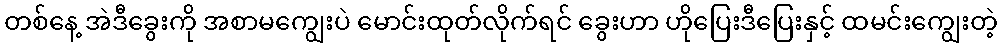
တစ်နေ့ အဲဒီခွေးကို အစာမကျွေးပဲ မောင်းထုတ်လိုက်ရင် ခွေးဟာ ဟိုပြေးဒီပြေးနှင့် ထမင်းကျွေးတဲ့